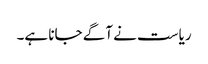
ریاست نے آگے جانا ہے۔